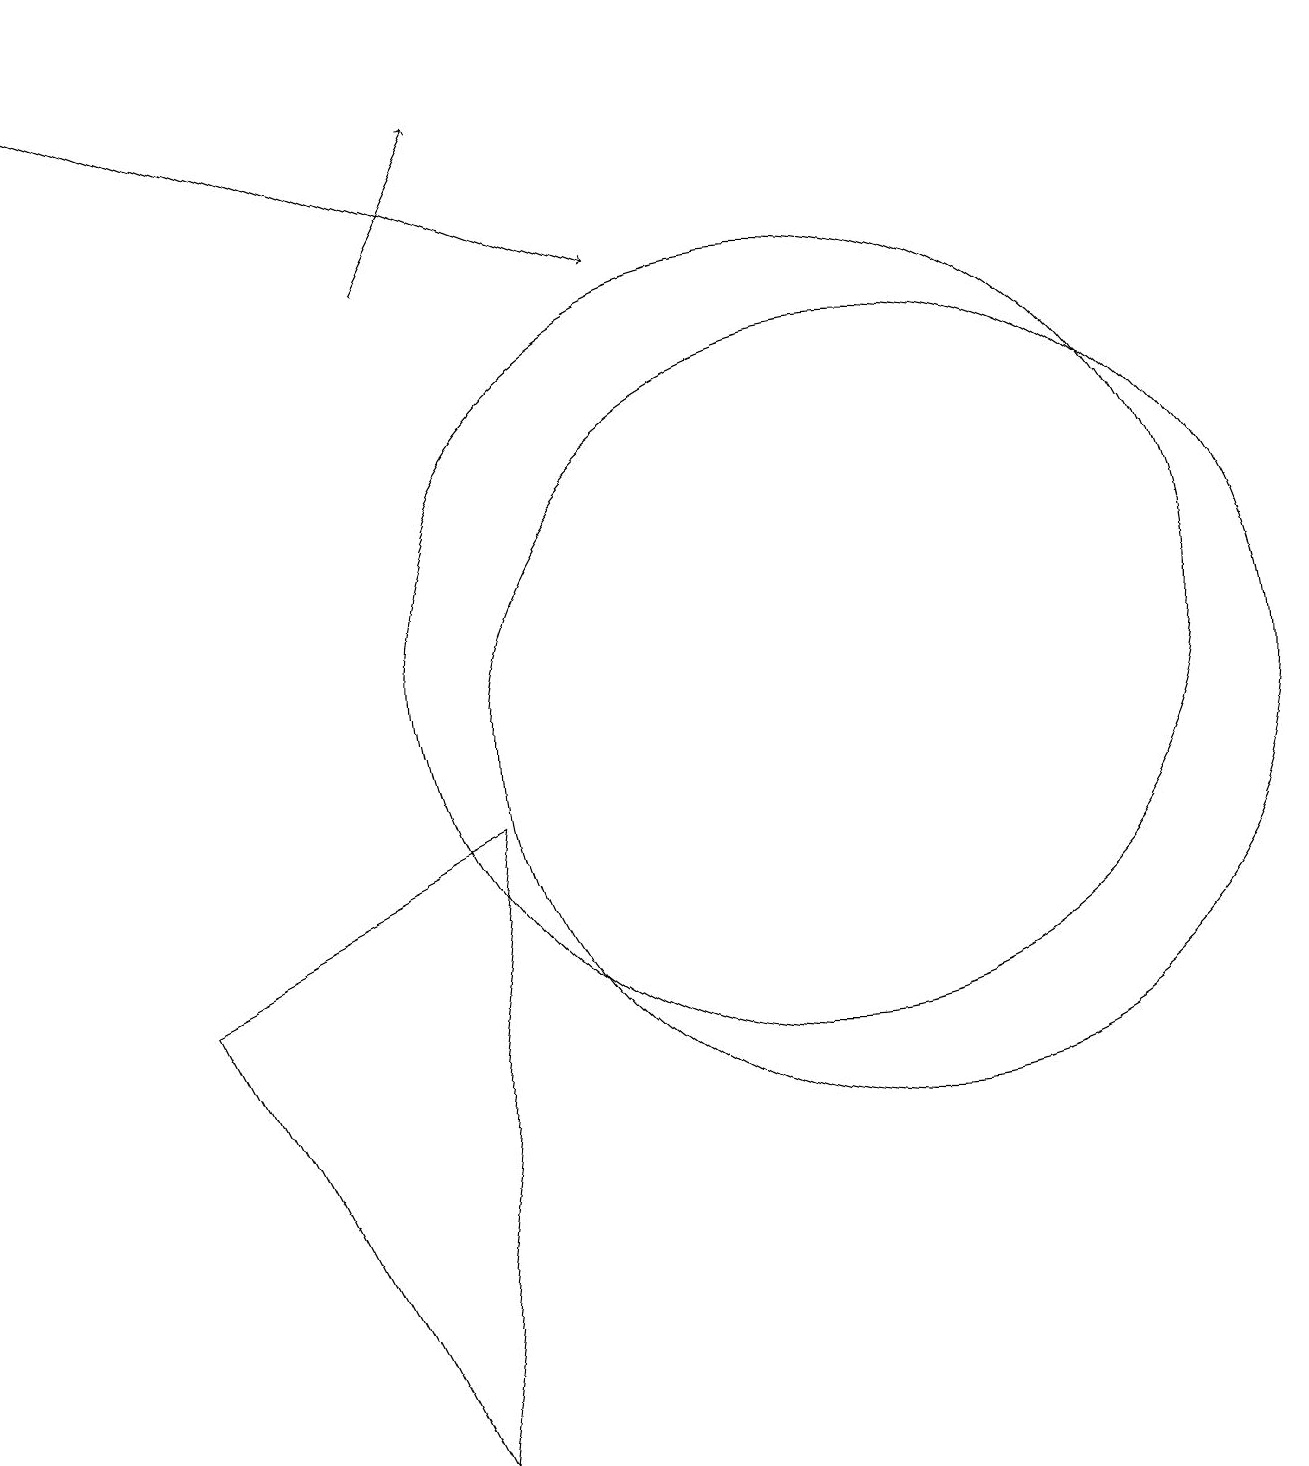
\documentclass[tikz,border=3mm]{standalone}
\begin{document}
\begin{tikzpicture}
\draw (12,10) circle (5);
\draw[->] (6,16) -- (7,18);
\draw[->] (1,19) -- (9,16);
\draw (3,7) -- (6,1) -- (7,9) -- cycle;
\draw (11,11) circle (0);
\draw (11,11) circle (5);
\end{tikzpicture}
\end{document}